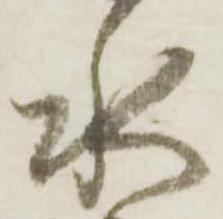
水